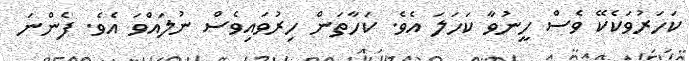
ކަހަރުވަކެކޭ ވެސް ހީނުވާ ކަހަލަ އެވެ. ކަހާތަން ހިރުވައިވެސް ނުލައްވަ އެވެ. ފެންނަ